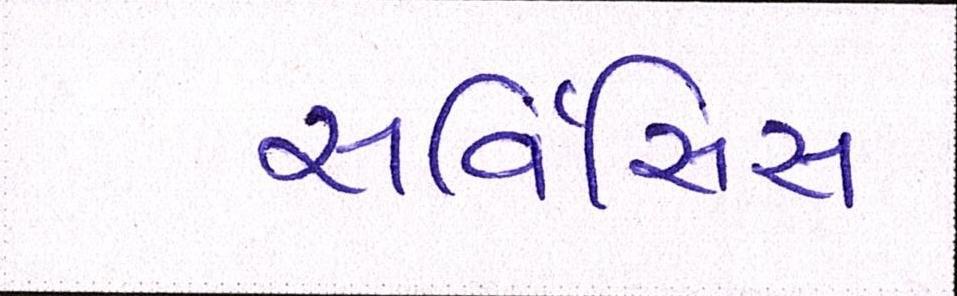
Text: સર્વિસિસ